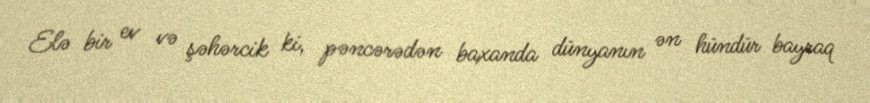
Elə bir ev və şəhərcik ki, pəncərədən baxanda dünyanın ən hündür bayraq